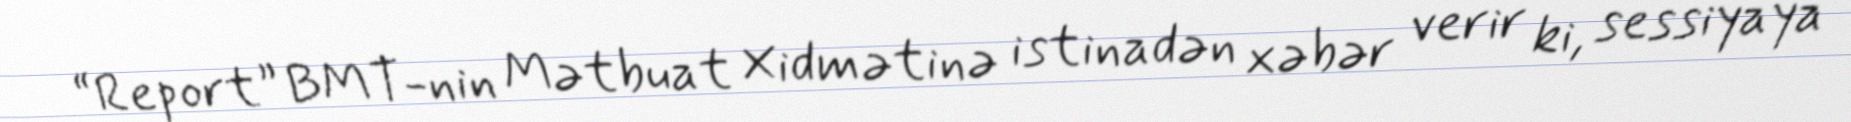
“Report” BMT-nin Mətbuat Xidmətinə istinadən xəbər verir ki, sessiyaya